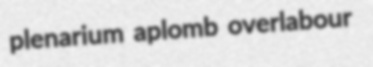
plenarium aplomb overlabour